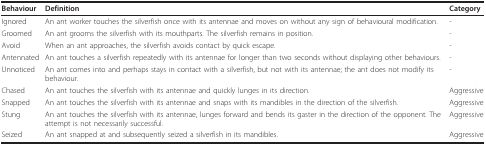
<table><thead><tr><td><b>Behaviour</b></td><td><b>Definition</b></td><td><b>Category</b></td></tr></thead><tbody><tr><td>Ignored</td><td>An ant worker touches the silverfish once with its antennae and moves on without any sign of behavioural modification.</td><td>-</td></tr><tr><td>Groomed</td><td>An ant grooms the silverfish with its mouthparts. The silverfish remains in position.</td><td>-</td></tr><tr><td>Avoid</td><td>When an ant approaches, the silverfish avoids contact by quick escape.</td><td>-</td></tr><tr><td>Antennated</td><td>An ant touches a silverfish repeatedly with its antennae for longer than two seconds without displaying other behaviours.</td><td>-</td></tr><tr><td>Unnoticed</td><td>An ant comes into and perhaps stays in contact with a silverfish, but not with its antennae; the ant does not modify its behaviour.</td><td>-</td></tr><tr><td>Chased</td><td>An ant touches the silverfish with its antennae and quickly lunges in its direction.</td><td>Aggressive</td></tr><tr><td>Snapped</td><td>An ant touches the silverfish with its antennae and snaps with its mandibles in the direction of the silverfish.</td><td>Aggressive</td></tr><tr><td>Stung</td><td>An ant touches the silverfish with its antennae, lunges forward and bends its gaster in the direction of the opponent. The attempt is not necessarily successful.</td><td>Aggressive</td></tr><tr><td>Seized</td><td>An ant snapped at and subsequently seized a silverfish in its mandibles.</td><td>Aggressive</td></tr></tbody></table>